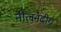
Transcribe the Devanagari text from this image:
नीलनदीय